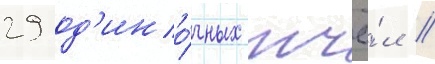
29 од'ино́чных пчё́л /